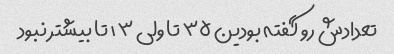
تعدادش رو گفته بودین ۳۵ تا ولی ۱۳ تا بیشتر نبود